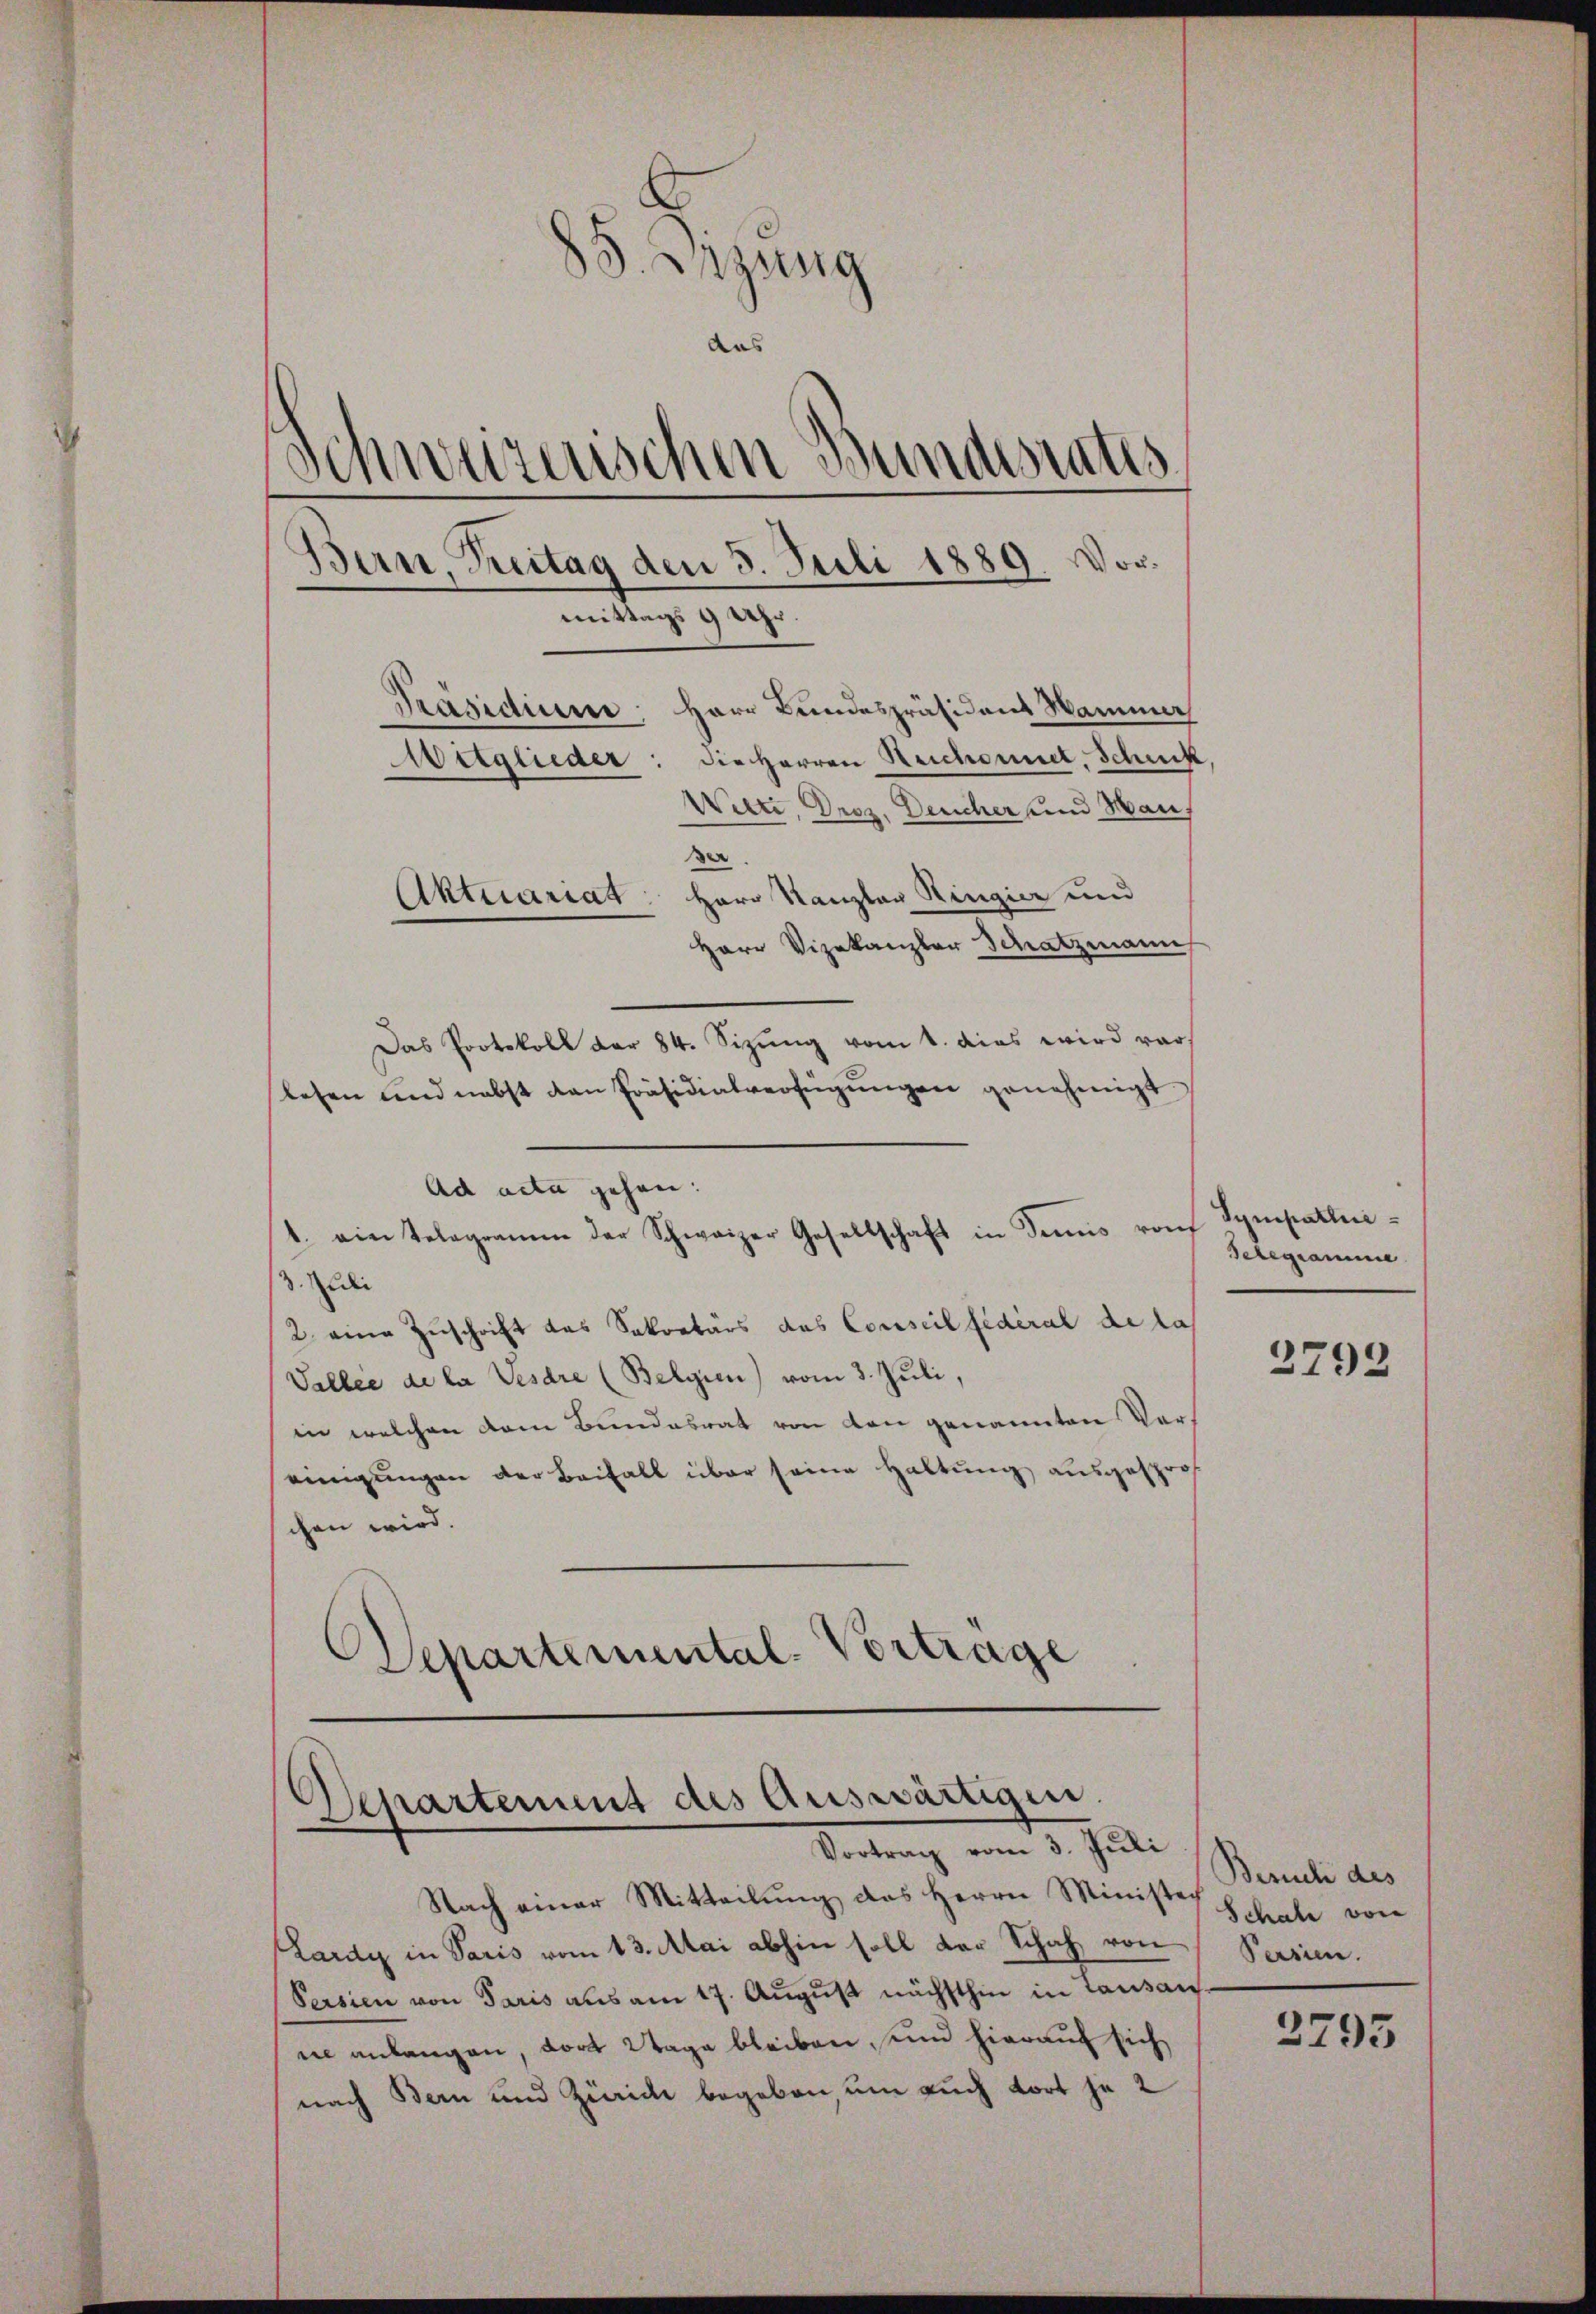
)
3. Sizung
das
¬
¬
von weitenschen Bundesrates
Bern, Breitag den 3. Juli 1889. Vormittags 9 Uhr
Präsidium
Herr Bundespräsident Hammer
Mitglieder: die Herren Reichaniel, Schnik
Wietz, Droz. Deucher und Man,
der
Aktuariat: Herr Kanzler Ringier und
Herr Vizekanzler Schatzmann
Das Protokoll der 84. Sizung vom 1. dies wird vor

lesen und nebst dan Präsidialverfügŭngen genehmigt.
Ad acta gehen.
1. ein Telegramm der Schweizer Gesellschaft in Senns von
3 di
2 eine Zuschrift des Sekretärs des Conseil fédéral de las
Vallee de la Vesare (Belgien) vom 3. Juli,
in welchen dem Bundesrat von den genannten Vereinigungen der Beifall über seine Haltung ausgesprochen wird.
Departemental-Vortrage

Departement des Auswärtigen.
Vortrag vom 3. Juli

Nach einer Mitteilung des Herrn Ministech
Lardy in Paris vom 13. Mai abhin soll der Schach, von
Persien von Paris aus am 17. August nächsthin in Lausan
ne anlangen, dort Wage bleiben, und hierauf sich
nach Bern und Zürich begeben, um auch dort je 2

Sympathie
Telegramme

2792

Zürich des
Schale von
Persien.

3795